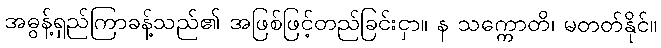
အဓွန့်ရှည်ကြာခန့်သည်၏ အဖြစ်ဖြင့်တည်ခြင်းငှာ။ န သက္ကောတိ၊ မတတ်နိုင်။